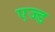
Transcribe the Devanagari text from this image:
एज्ड